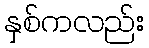
နှစ်ကလည်း